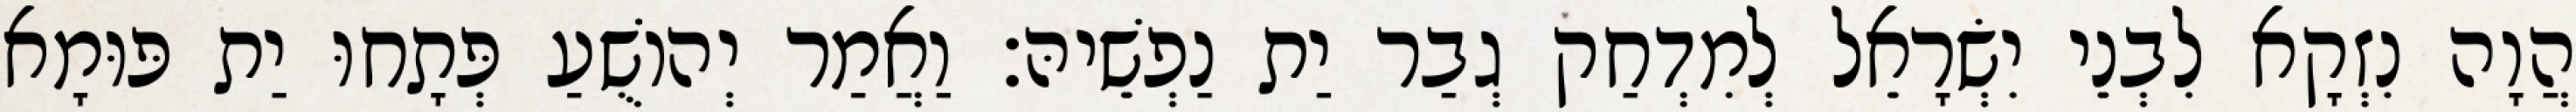
הֲוָה נִזְקָא לִבְנֵי יִשְׂרָאֵל לְמִדְחַק גְבַר יַת נַפְשֵׁיהּ׃ וַאֲמַר יְהוֹשֻׁעַ פְּתָחוּ יַת פּוּמָא